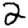
Digit: 2